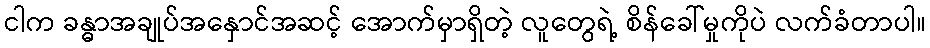
ငါက ခန္ဓာအချုပ်အနှောင်အဆင့် အောက်မှာရှိတဲ့ လူတွေရဲ့ စိန်ခေါ်မှုကိုပဲ လက်ခံတာပါ။